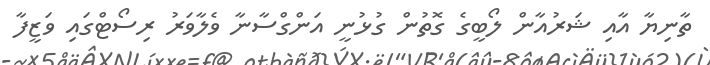
ތާނިޔާ އާއި ޝަރުއާން ލޯބީގެ ގޮތުން ގުޅުނީ އަންގްސާނާ ވެލާވަރު ރިސޯޓްގައި ވަޒީފާ